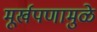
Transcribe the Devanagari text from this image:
मूर्खपणामुळे